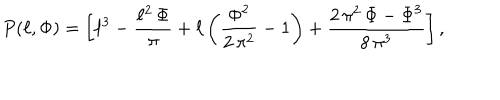
P ( \ell , \Phi ) = \left[ \ell ^ { 3 } - \frac { \ell ^ { 2 } \, \Phi } { \pi } + \ell \left( \frac { { \Phi } ^ { 2 } } { 2 \, { \pi } ^ { 2 } } - 1 \right) + \frac { 2 \, { \pi } ^ { 2 } \, \Phi - { \Phi } ^ { 3 } } { 8 \, { \pi } ^ { 3 } } \right] ,